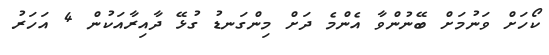
ކޯހަށް ވަނުމަށް ބޭނުންވާ އެންމެ ދަށް މިންގަނޑު ގުޅޭ ދާއިރާއަކުން 4 އަހަރު